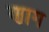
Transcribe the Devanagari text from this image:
णाग